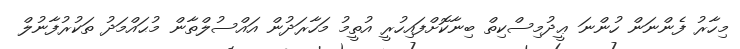
މިހާރު ފެންނަން ހުންނަ ޢީދުމިސްކިތް ބިނާކޮށްފައިހުރީ އުތީމު މަހާރަދުން އައްސުލްތާން މުޙައްމަދު ތަކުރުފާނުލް